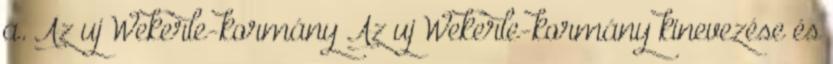
a. Az uj Wekerle-kormány Az uj Wekerle-kormány kinevezése és